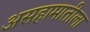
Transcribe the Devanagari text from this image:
असहामातीला